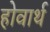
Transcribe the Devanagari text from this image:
होवार्थ